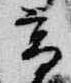
高